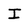
Character: I